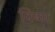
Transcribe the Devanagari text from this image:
विष्ण